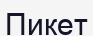
Пикет